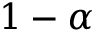
1 - \alpha